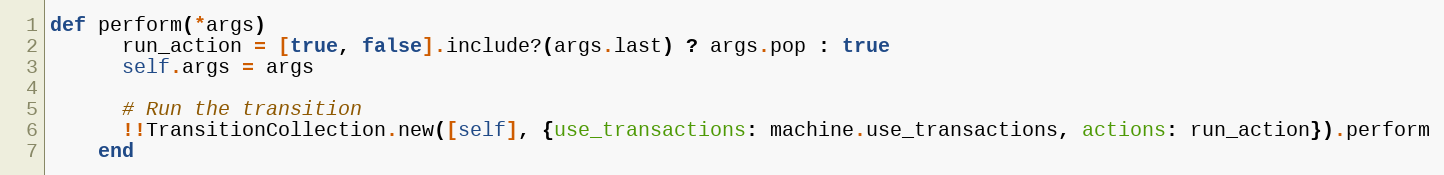
Language: Ruby
def perform(*args)
      run_action = [true, false].include?(args.last) ? args.pop : true
      self.args = args

      # Run the transition
      !!TransitionCollection.new([self], {use_transactions: machine.use_transactions, actions: run_action}).perform
    end